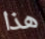
هذا